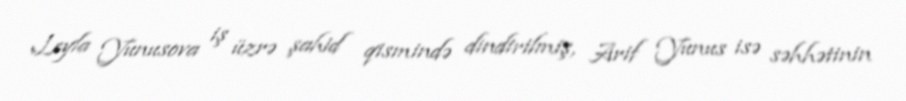
Leyla Yunusova iş üzrə şahid qismində dindirilmiş, Arif Yunus isə səhhətinin